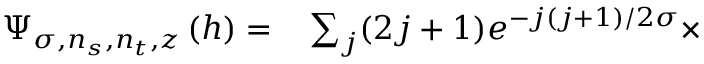
\begin{array} { r l } { \Psi _ { \sigma , n _ { s } , n _ { t } , z } \left( h \right) = } & { { } \sum _ { j } ( 2 j + 1 ) e ^ { - j ( j + 1 ) / 2 \sigma } \times } \end{array}